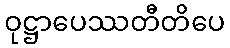
ဝုဋ္ဌာပေဿတီတိပေ